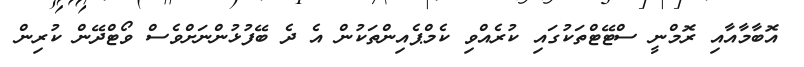
އޮބާމާއާއި ރޮމްނީ ސްޓޭޓްތަކުގައި ކުރެއްވި ކެމްޕެއިންތަކުން އެ ދެ ބޭފުޅުންނަށްވެސް ވޯޓްދޭން ކުރިން